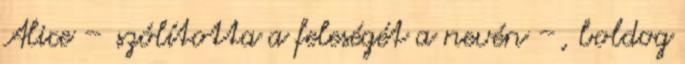
Alice – szólította a feleségét a nevén –, boldog